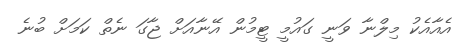
އެއާއެކު މިލްނާ ވަނީ ގައުމީ ޓީމުން އޭނާއަށް ޖާގަ ނެތް ކަމަށް ބުނެ